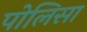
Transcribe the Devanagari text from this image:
पोलिसा